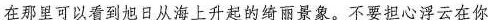
在那里可以看到旭日从海上升起的绮丽景象。不要担心浮云在你